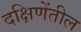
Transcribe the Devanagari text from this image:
दक्षिणेंतील